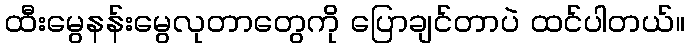
ထီးမွေနန်းမွေလုတာတွေကို ပြောချင်တာပဲ ထင်ပါတယ်။